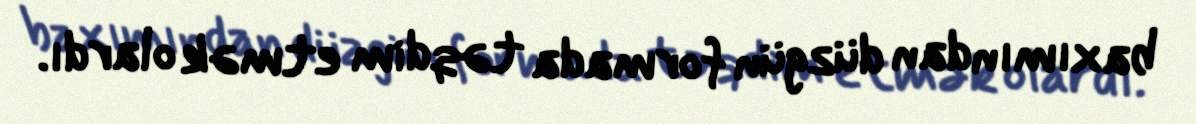
baxımından düzgün formada təqdim etmək olardı.